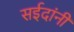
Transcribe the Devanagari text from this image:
सईदांनी